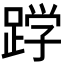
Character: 𮛦